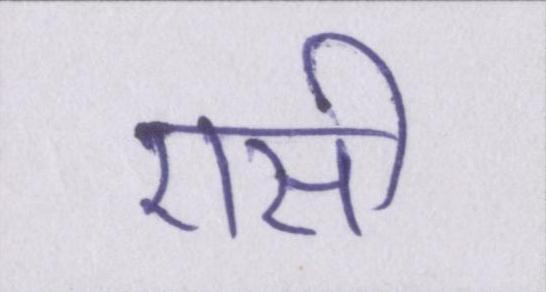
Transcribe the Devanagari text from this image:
एसी